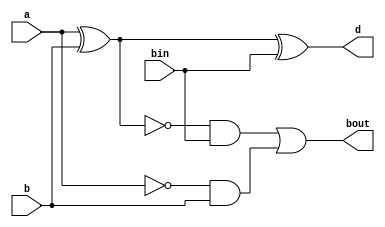
`timescale 1ns / 1ps

/*
Company: Sogang University
Engineer: G_EEE3
Create Date: 2021/10/14 15:28:49
Module Name: full_subtractor
*/

module full_subtractor(
    input a, b, bin,
    output d, bout
);

assign d = a ^ b ^ bin;
assign bout = (~(a ^ b) & bin) | (~a & b);

endmodule